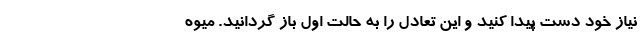
نیاز خود دست پیدا کنید و این تعادل را به حالت اول باز گردانید. میوه